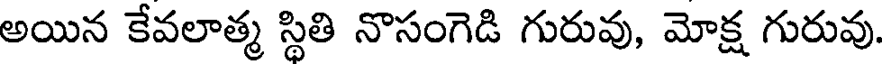
అయిన కేవలాత్మ స్థితి నొసంగెడి గురువు, మోక్ష గురువు.